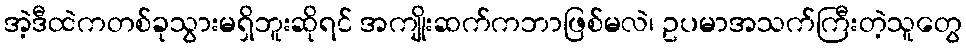
အဲ့ဒီထဲကတစ်ခုသွားမရှိဘူးဆိုရင် အကျိုးဆက်ကဘာဖြစ်မလဲ၊ ဥပမာအသက်ကြီးတဲ့သူတွေ